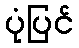
ပုံပြင်